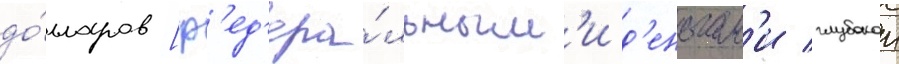
до́лларов [ф'ед'ера́льным'и д'еньгам'и глубокои